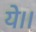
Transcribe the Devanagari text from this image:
ये।।